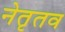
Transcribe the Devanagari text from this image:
नेतृतव